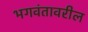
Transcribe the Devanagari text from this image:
भगवंतावरील